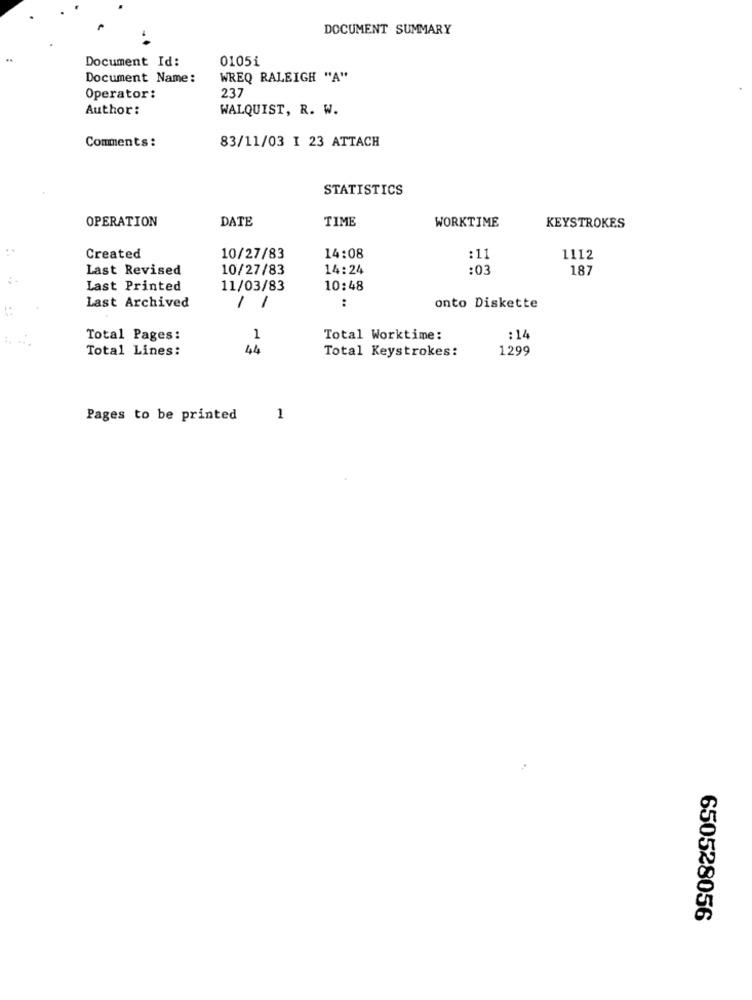
DOCUMENT SUMMARY
Document Id:
0105i
Document Name:
WREQ RALEIGH "A"
237
Operator:
Author:
WALQUIST, R. W.
Comments :
83/11/03 I 23 ATTACH
STATISTICS
OPERATION
DATE
TIME
WORKTIME
KEYSTROKES
Created
10/27/83
14:08
:11
1112
Last Revised
10/27/83
14:24
:03
187
Last Printed
11/03/83
10:48
Last Archived
-
:
/
onto Diskette
Total Pages:
1
Total Worktime:
: 14
Total Lines:
44
Total Keystrokes:
1299
Pages to be printed
1
650528056